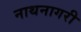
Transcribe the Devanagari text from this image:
नाथनागरी